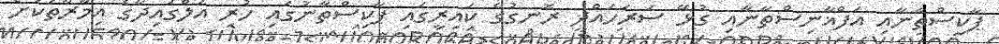
ޕާކިސްތާނާއި އަފްޣާނިސްތާނާއި ގުޅޭ ސަރަހައްދީ ރޮނގުގެ ކައިރީގައި ޕާކިސްތާނުގައި ހުރި އަލްގައިދާގެ އިމާރާތަކަށް